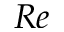
R e